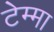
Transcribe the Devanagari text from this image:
टेम्मा